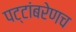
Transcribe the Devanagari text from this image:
पट्टांबरेणच